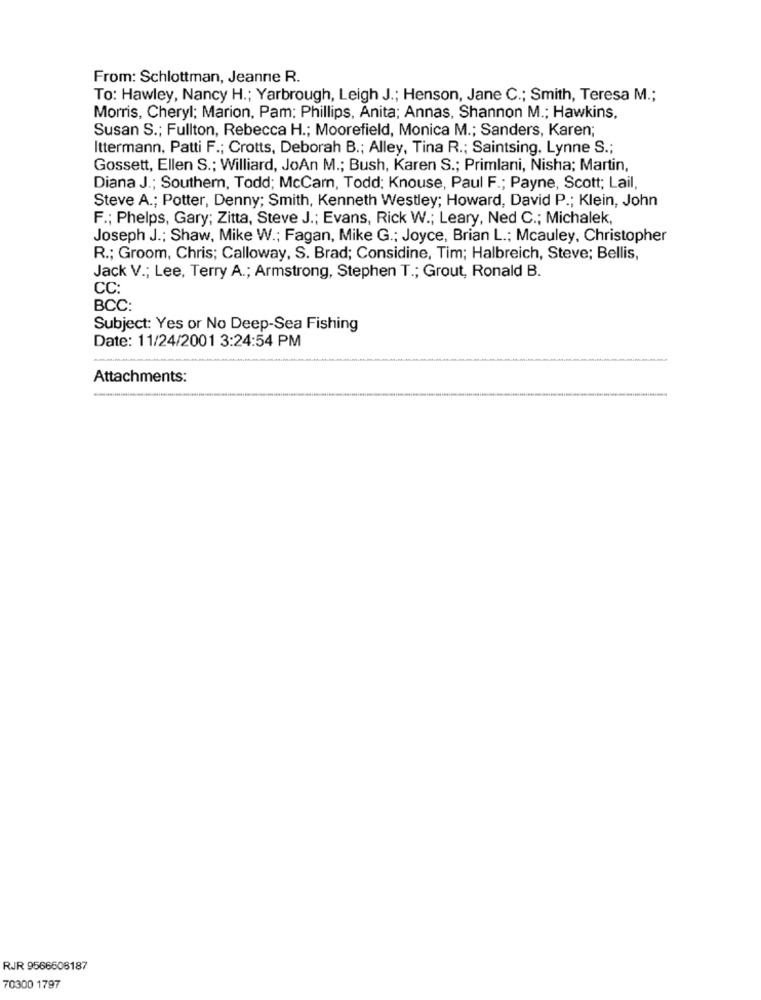
From: Schlottman, Jeanne R.
To: Hawley, Nancy H .; Yarbrough, Leigh J .; Henson, Jane C .; Smith, Teresa M .;
Morris, Cheryl; Marion, Pam: Phillips, Anita; Annas, Shannon M .; Hawkins,
Susan S .; Fullton, Rebecca H .; Moorefield, Monica M .; Sanders, Karen;
Ittermann, Patti F .; Crotts, Deborah B .; Alley, Tina R .; Saintsing, Lynne S .;
Gossett, Ellen S .; Williard, JoAn M .; Bush, Karen S .; Primlani, Nisha; Martin,
Diana J .; Southem, Todd; McCar, Todd; Knouse, Paul F .; Payne, Scott; Lail,
Steve A .; Potter, Denny; Smith, Kenneth Westley; Howard, David P .; Klein, John
F .; Phelps, Gary; Zitta, Steve J .; Evans, Rick W .; Leary, Ned C .; Michalek,
Joseph J .; Shaw, Mike W .; Fagan, Mike G .; Joyce, Brian L .; Mcauley, Christopher
R .; Groom, Chris; Calloway, S. Brad; Considine, Tim; Halbreich, Steve; Bellis,
Jack V .; Lee, Terry A .; Armstrong, Stephen T .; Grout, Ronald B.
CC:
BCC:
Subject: Yes or No Deep-Sea Fishing
Date: 11/24/2001 3:24:54 PM
Attachments:
RJR 9566606187
70300 1797